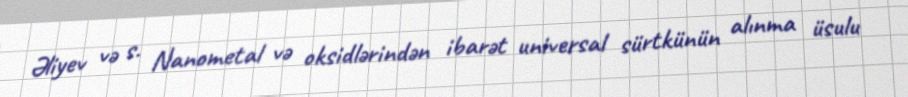
Əliyev və s. Nanometal və oksidlərindən ibarət universal sürtkünün alınma üsulu